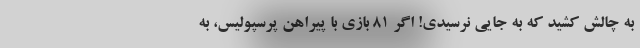
به چالش کشید که به جایی نرسیدی! اگر 81 بازی با پیراهن پرسپولیس، به